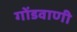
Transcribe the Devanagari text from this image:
गोंडवाणी